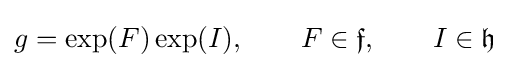
g=\exp(F)\exp(I),\qquad F\in {\mathfrak {f}},\qquad I\in {\mathfrak {h}}